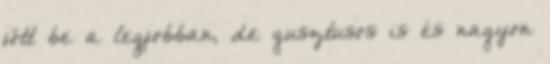
jött be a legjobban, de gusztusos is és nagyon